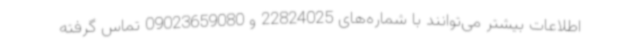
اطلاعات بیشتر می‌توانند با شماره‌های 22824025 و 09023659080 تماس گرفته